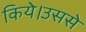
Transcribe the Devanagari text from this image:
किये।उससे